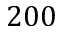
2 0 0